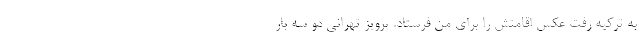
به ترکیه رفت عکس اقامتش را برای من فرستاد. پرویز تهرانی دو سه بار